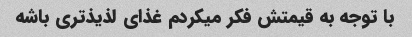
با توجه به قیمتش فکر میکردم غذای لذیذ‌تری باشه